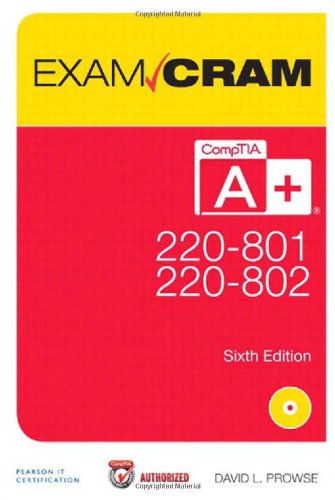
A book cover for CompTIA A+ 220-801 and 220-802 Exam Cram (6th Edition); David L. Prowse; Computers & Technology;